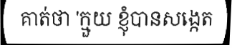
គាត់ថា 'ក្មួយ ខ្ញុំបានសង្កេត